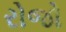
રોજો